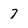
Character: 7